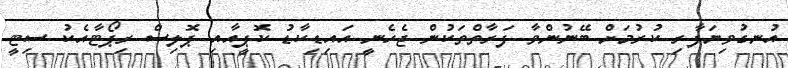
އުނގުވިޔަފާރި ކުރުމަށް ބޭނުންވާ ފަރާތްތަކުން ޖެހެނީ އައިޑިކާޑު ކޮޕީއާއި ޕޮލިސް ރިޕޯޓާއެކު ސިޓީ